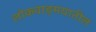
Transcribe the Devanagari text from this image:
लोकवाङ्‍मयातील